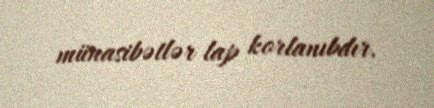
münasibətlər lap korlanıbdır.